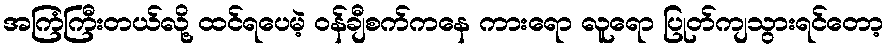
အကြံကြီးတယ်လို့ ထင်ရပေမဲ့ ၀န်ချီစက်ကနေ ကားရော လူရော ပြုတ်ကျသွားရင်တော့